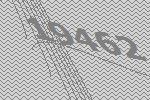
19462